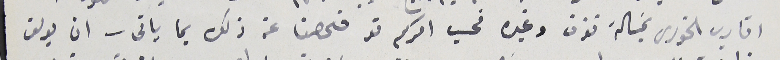
اقارب الخوري بمَسالة تفرق وغيره فحسب امركم قد فحصنا عن ذلك بما ياتى – ان يوسف